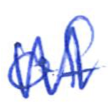
Text: of
Cross-out: zig-zag
Writing tool: ballpoint